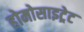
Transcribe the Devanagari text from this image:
होमोसाइट्रेट